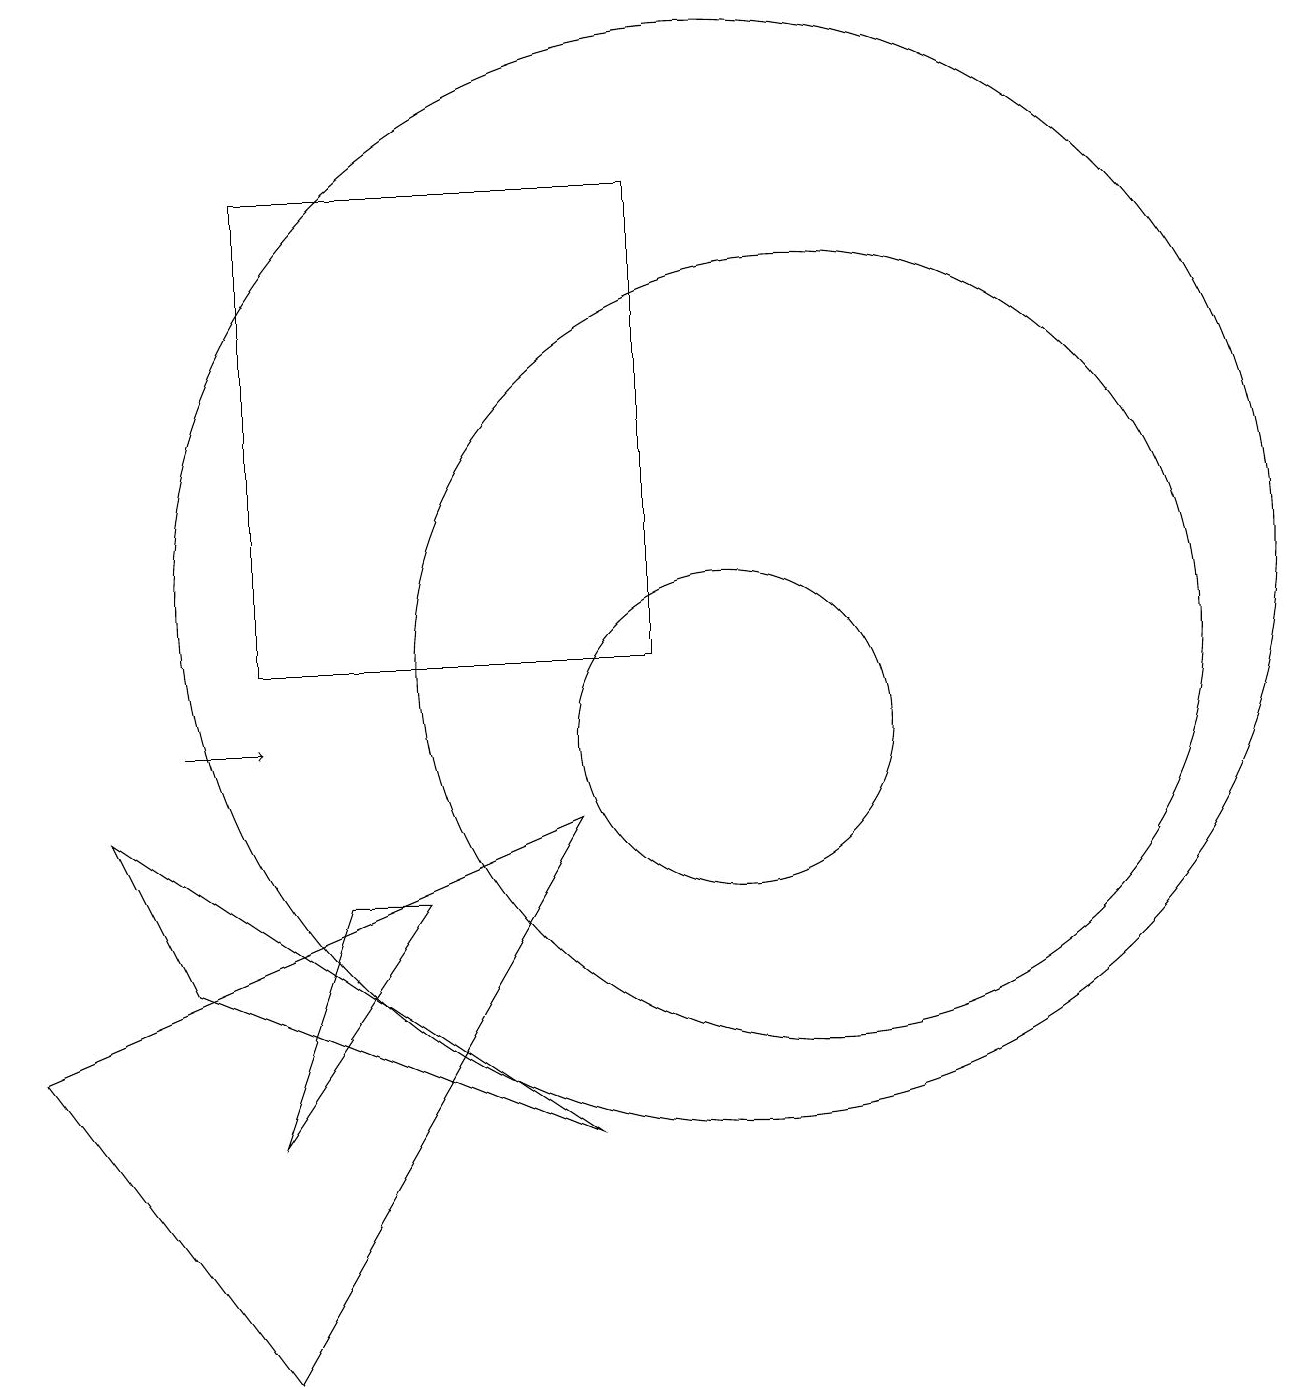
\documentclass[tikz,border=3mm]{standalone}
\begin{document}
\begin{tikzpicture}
\draw (2,9) -- (8,5) -- (3,7) -- cycle;
\draw (10,10) circle (2);
\draw[->] (3,10) -- (4,10);
\draw (4,5) -- (6,8) -- (5,8) -- cycle;
\draw (11,11) circle (5);
\draw (10,12) circle (7);
\draw (9,11) rectangle (4,17);
\draw (4,2) -- (1,6) -- (8,9) -- cycle;
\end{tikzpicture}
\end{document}